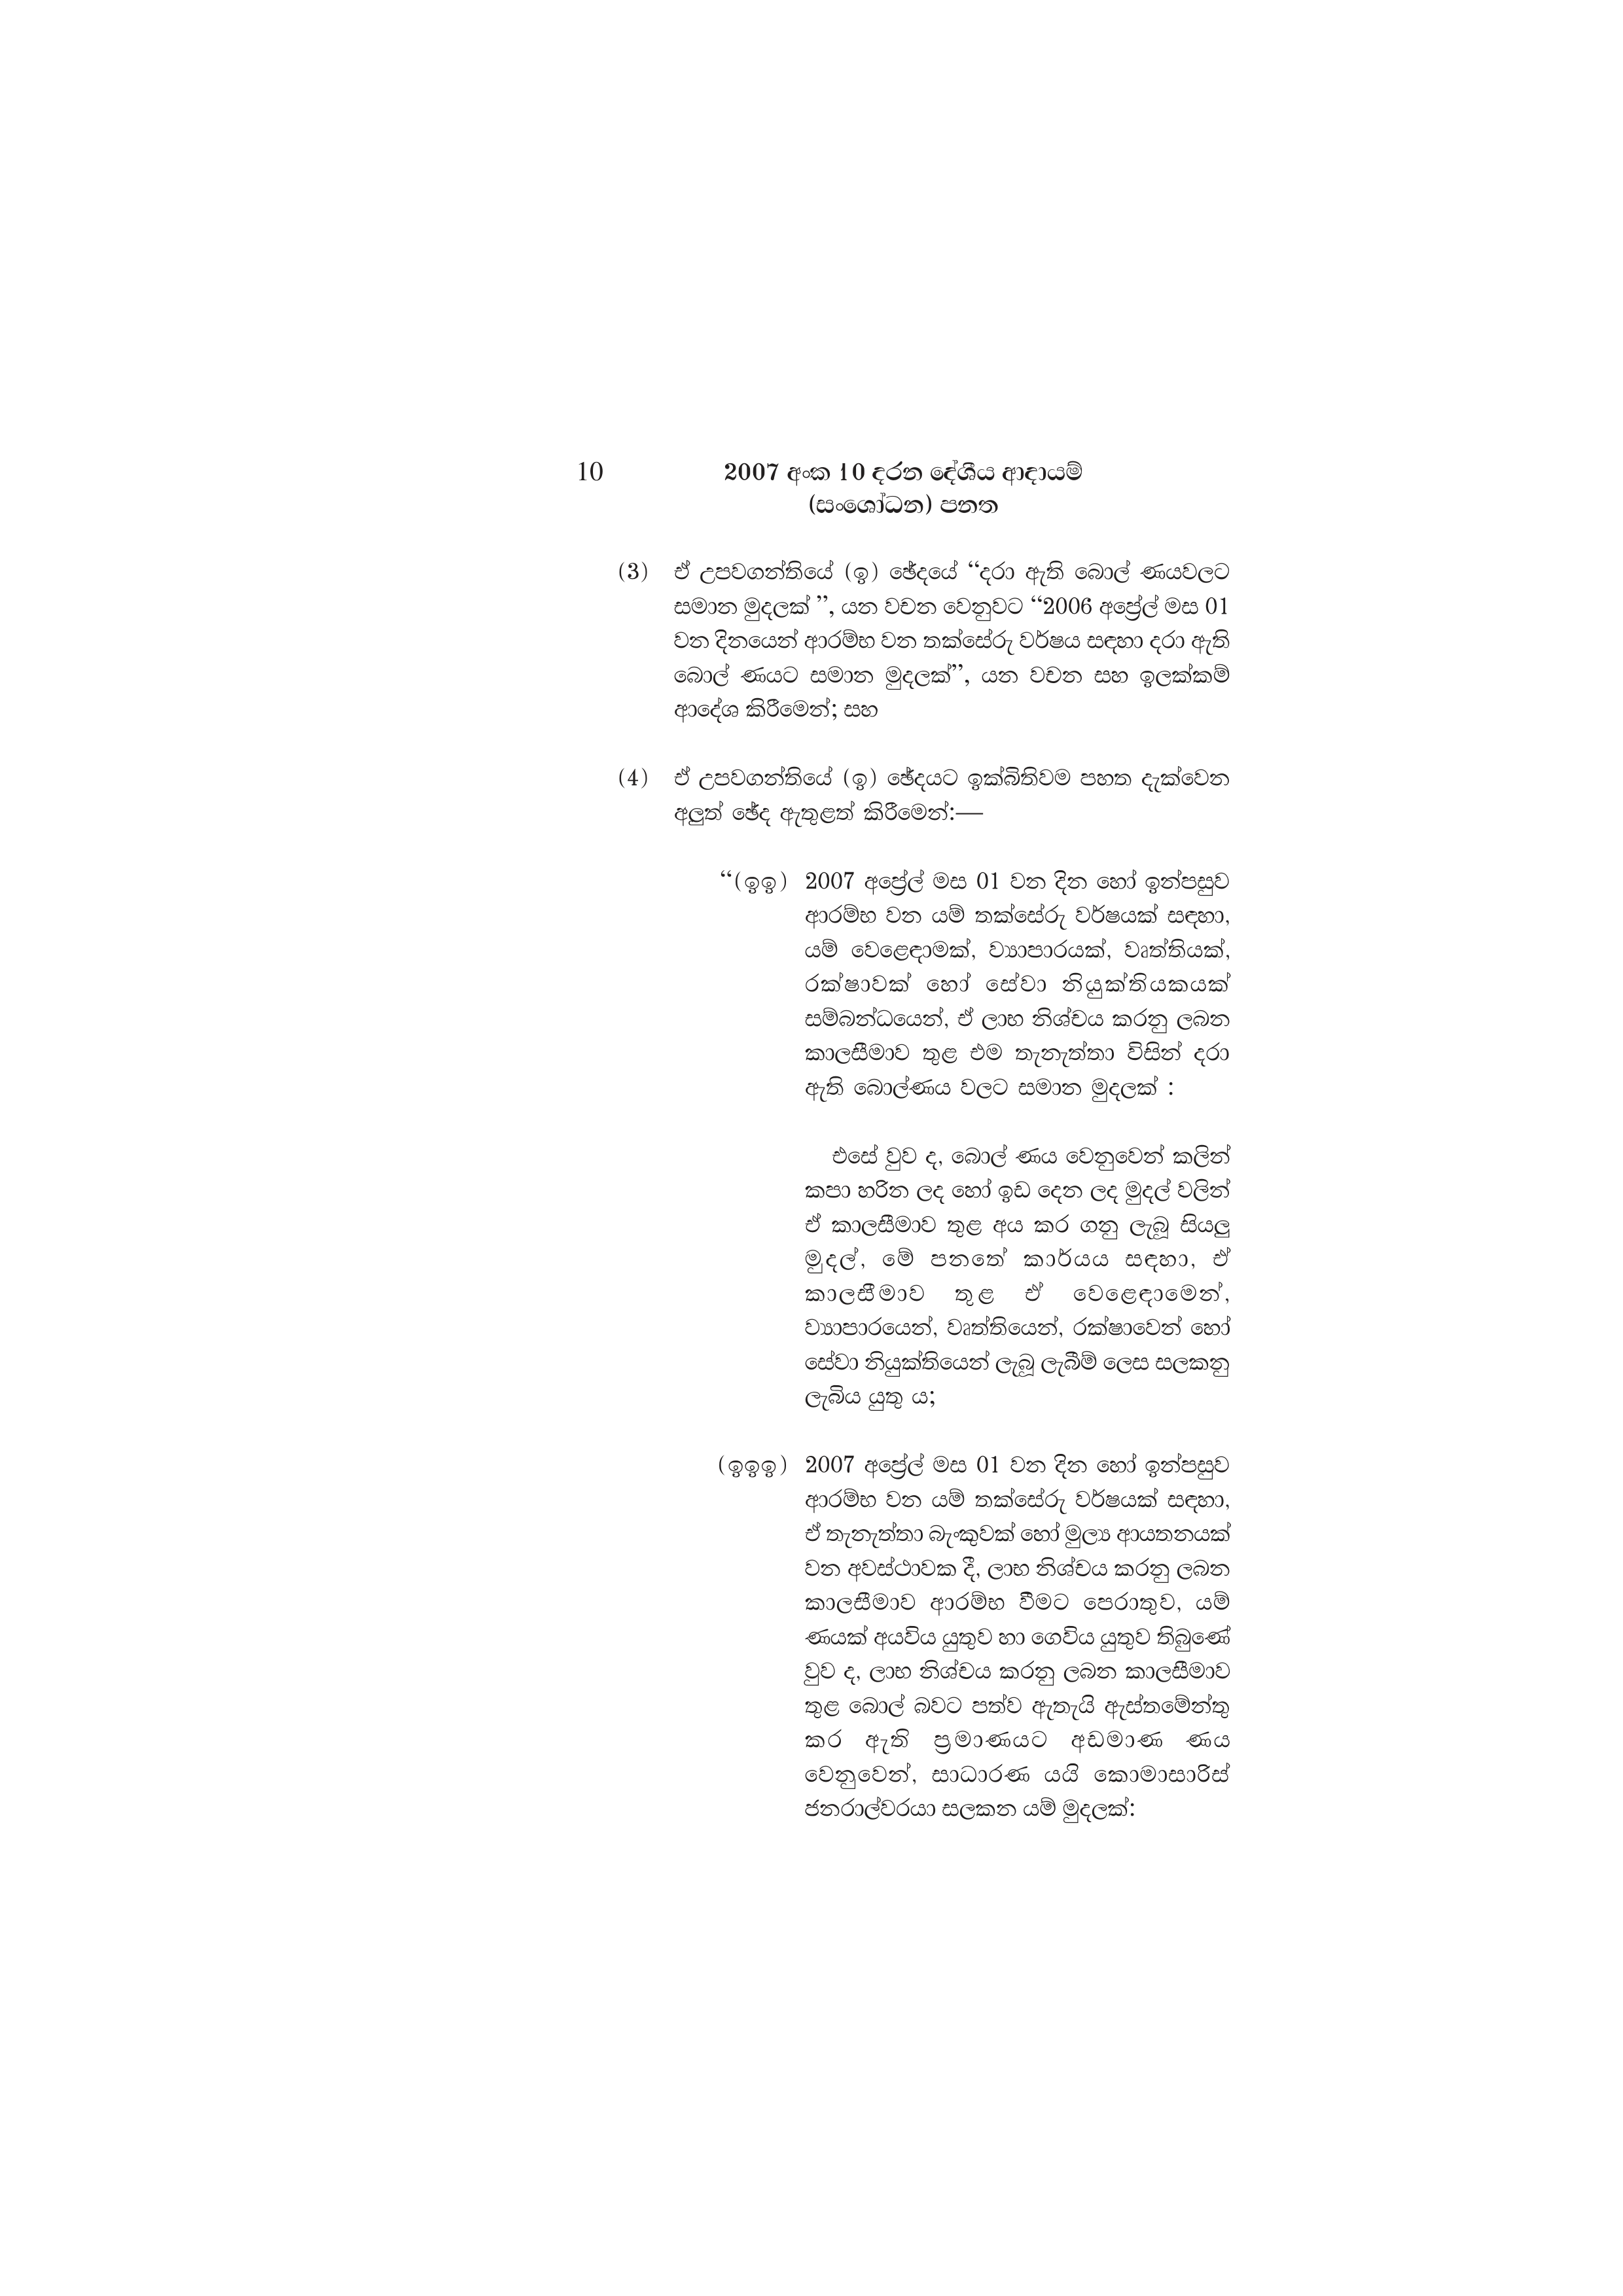
10 2007 අංක 10 දරන දේශීය ආදායම්
(සංශෝධන) පනත

(3) ඒ උපවගන්තියේ (ඉ) ඡේදයේ “දරා ඇති බොල් ණයවලට
සමාන මුදලක් ”, යන වචන වෙනුවට “2006 අප්‍රේල් මස 01
වන දිනයෙන් ආරම්භ වන තක්සේරු වර්ෂය සඳහා දරා ඇති
බොල් ණයට සමාන මුදලක්”, යන වචන සහ ඉලක්කම්
ආදේශ කිරීමෙන්; සහ

(4) ඒ උපවගන්තියේ (ඉ) ඡේදයට ඉක්බිතිවම පහත දැක්වෙන
අලුත් ඡේද ඇතුළත් කිරීමෙන්:-

“(ඉඉ ) 2007 අප්‍රේල් මස 01 වන දින හෝ ඉන්පසුව
ආරම්භ වන යම් තක්සේරු වර්ෂයක් සඳහා,
යම් වෙළෙඳාමක්, ව්‍යාපාරයක්, වෘත්තියක්,
රක්ෂාවක් හෝ සේවා නියුක්තියකයක්
සම්බන්ධයෙන්, ඒ ලාභ නිශ්චය කරනු ලබන
කාලසීමාව තුළ එම තැනැත්තා විසින් දරා
ඇති බොශ්ණය වලට සමාන මුදලක් :

එසේ වුව ද, බොල් ණය වෙනුවෙන් කලින්
කපා හරින ලද හෝ ඉඩ දෙන ලද මුදල් වලින්
ඒ කාලසීමාව තුළ අය කර ගනු ලැබූ සියලු
මුදල්, මේ පනතේ කාර්යය සඳහා, ඒ
කාලසීමාව තුළ ඒ වෙළෙඳාමෙන්,
ව්‍යාපාරයෙන්, වෘත්තියෙන්, රක්ෂාවෙන් හෝ
සේවා නියුක්තියෙන් ලැබූ ලැබීම් ලෙස සලකනු
ලැබිය යුතු ය;

(ඉඉඉ ) 2007 අප්‍රේල් මස 01 වන දින හෝ ඉන්පසුව
ආරම්භ වන යම් තක්සේරු වර්ෂයක් සඳහා,
ඒ තැනැත්තා බැංකුවක් හෝ මුල්‍ය ආයතනයක්
වන අවස්ථාවක දී, ලාභ නිශ්චය කරනු ලබන
කාලසීමාව ආරම්භ වීමට පෙරාතුව, යම්
ණයක් අයවිය යුතුව හා ගෙවිය යුතුව තිබුණේ
වුව ද, ලාභ නිශ්චය කරනු ලබන කාලසීමාව
තුළ බොල් බවට පත්ව ඇතැයි ඇස්තමේන්තු
කර ඇති ප්‍රමාණයට අඩමාණ ණය
වෙනුවෙන්, සාධාරණ යයි කොමාසාරිස්
ජනරාල්වරයා සලකන යම් මුදලක්: